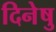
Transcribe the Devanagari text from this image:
दिनेषु